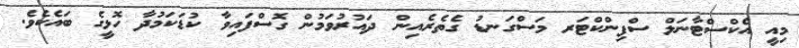
މިއީ އެކްސްޓާނަލް ސްފިންކްޓަރ މަސްގަނޑު ގެތެރެއިން ދައުރުވަމުން ގޮސްފައިވާ ކުޑަކަމުދާ ހޮޅީގެ ބައެކެވެ.